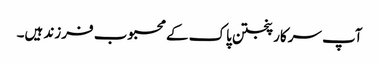
آپ سرکار پنجتن پاک کے محبوب فرزند ہیں۔